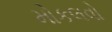
મોકલવો